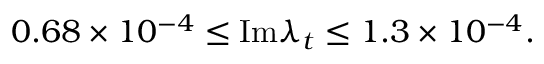
0 . 6 8 \times 1 0 ^ { - 4 } \leq \mathrm { I m } \lambda _ { t } \leq 1 . 3 \times 1 0 ^ { - 4 } .